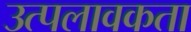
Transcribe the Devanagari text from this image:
उत्पलावकता